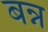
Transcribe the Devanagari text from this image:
बन्न